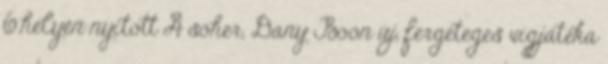
6.helyén nyitott A sóher, Dany Boon új, fergeteges vígjátéka